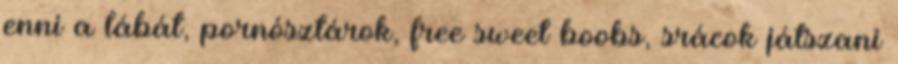
enni a lábát, pornósztárok, free sweet boobs, srácok játszani